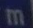
m